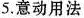
5.意动用法